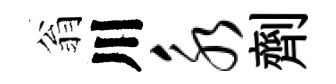
翁川永劑